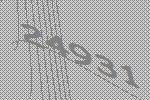
24931